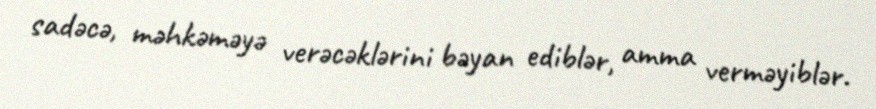
sadəcə, məhkəməyə verəcəklərini bəyan ediblər, amma verməyiblər.